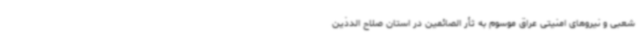
شعبی و نیروهای امنیتی عراق موسوم به ثأر الصائمین در استان صلاح الدذین